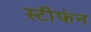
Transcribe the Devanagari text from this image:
स्टीफंन